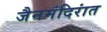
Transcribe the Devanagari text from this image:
जैनमंदिरांत